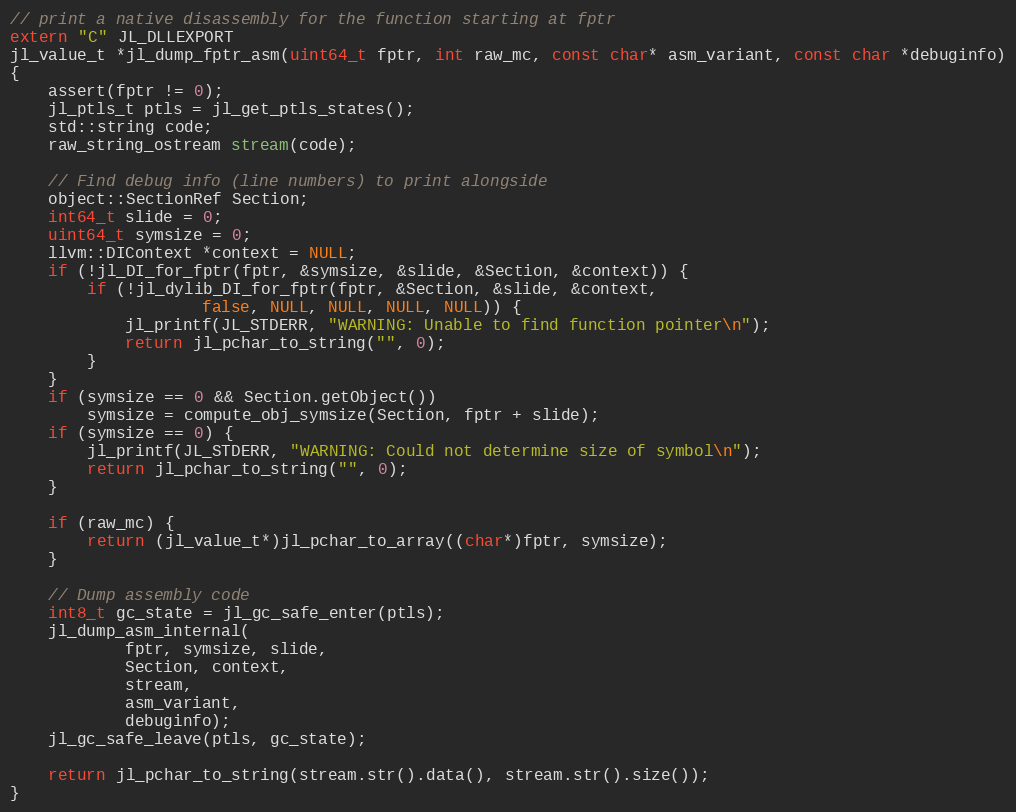
Language: C++
// print a native disassembly for the function starting at fptr
extern "C" JL_DLLEXPORT
jl_value_t *jl_dump_fptr_asm(uint64_t fptr, int raw_mc, const char* asm_variant, const char *debuginfo)
{
    assert(fptr != 0);
    jl_ptls_t ptls = jl_get_ptls_states();
    std::string code;
    raw_string_ostream stream(code);

    // Find debug info (line numbers) to print alongside
    object::SectionRef Section;
    int64_t slide = 0;
    uint64_t symsize = 0;
    llvm::DIContext *context = NULL;
    if (!jl_DI_for_fptr(fptr, &symsize, &slide, &Section, &context)) {
        if (!jl_dylib_DI_for_fptr(fptr, &Section, &slide, &context,
                    false, NULL, NULL, NULL, NULL)) {
            jl_printf(JL_STDERR, "WARNING: Unable to find function pointer\n");
            return jl_pchar_to_string("", 0);
        }
    }
    if (symsize == 0 && Section.getObject())
        symsize = compute_obj_symsize(Section, fptr + slide);
    if (symsize == 0) {
        jl_printf(JL_STDERR, "WARNING: Could not determine size of symbol\n");
        return jl_pchar_to_string("", 0);
    }

    if (raw_mc) {
        return (jl_value_t*)jl_pchar_to_array((char*)fptr, symsize);
    }

    // Dump assembly code
    int8_t gc_state = jl_gc_safe_enter(ptls);
    jl_dump_asm_internal(
            fptr, symsize, slide,
            Section, context,
            stream,
            asm_variant,
            debuginfo);
    jl_gc_safe_leave(ptls, gc_state);

    return jl_pchar_to_string(stream.str().data(), stream.str().size());
}